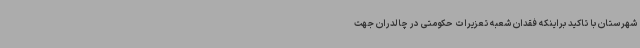
شهرستان با تاکید براینکه فقدان شعبه تعزیرات حکومتی در چالدران جهت